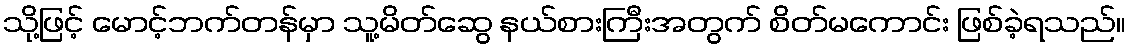
သို့ဖြင့် မောင့်ဘက်တန်မှာ သူ့မိတ်ဆွေ နယ်စားကြီးအတွက် စိတ်မကောင်း ဖြစ်ခဲ့ရသည်။